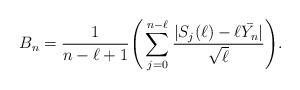
LaTeX: \begin{align*}B_n = \frac{1}{n-\ell+1} \Bigg(\sum_{j=0}^{n-\ell} \frac{| S_j(\ell) - \ell\bar{Y_n}|}{\sqrt{\ell}}\Bigg).\end{align*}